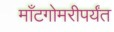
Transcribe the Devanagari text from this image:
माँटगोमरीपर्यंत